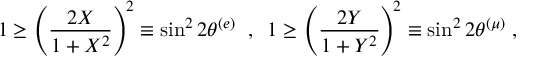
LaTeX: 1 \geq \left( \frac { 2 X } { 1 + X ^ { 2 } } \right) ^ { \! 2 } \equiv \sin ^ { 2 } 2 \theta ^ { ( e ) } \; \; , \; \; 1 \geq \left( \frac { 2 Y } { 1 + Y ^ { 2 } } \right) ^ { \! 2 } \equiv \sin ^ { 2 } 2 \theta ^ { ( \mu ) } \; ,